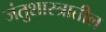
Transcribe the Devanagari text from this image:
जंतुशास्त्रातील